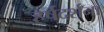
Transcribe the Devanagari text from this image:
हर्षदर्शना